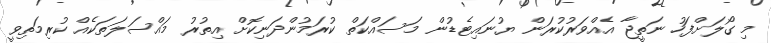
މި ގޯލަށްފަހު ނަތީޖާ އެއްވަރުކުރަން ޔުނައިޓެޑުން މަސައްކަތް ކުރަމުންދަނިކޮށް އިތުރު މައްސަލަތަކެއް ކުރިމަތިވީ